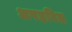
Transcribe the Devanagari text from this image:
अपहरित